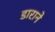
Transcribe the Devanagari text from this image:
डाराने